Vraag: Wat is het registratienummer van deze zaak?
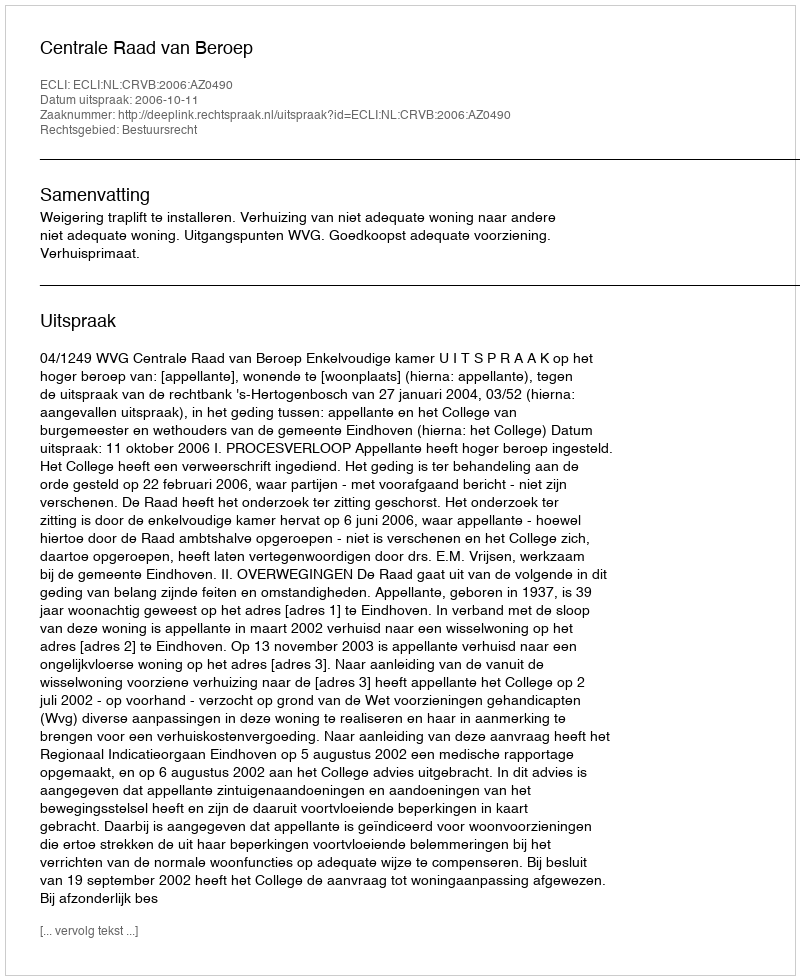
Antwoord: http://deeplink.rechtspraak.nl/uitspraak?id=ECLI:NL:CRVB:2006:AZ0490